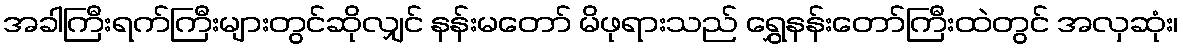
အခါကြီးရက်ကြီးများတွင်ဆိုလျှင် နန်းမတော် မိဖုရားသည် ရွှေနန်းတော်ကြီးထဲတွင် အလှဆုံး၊